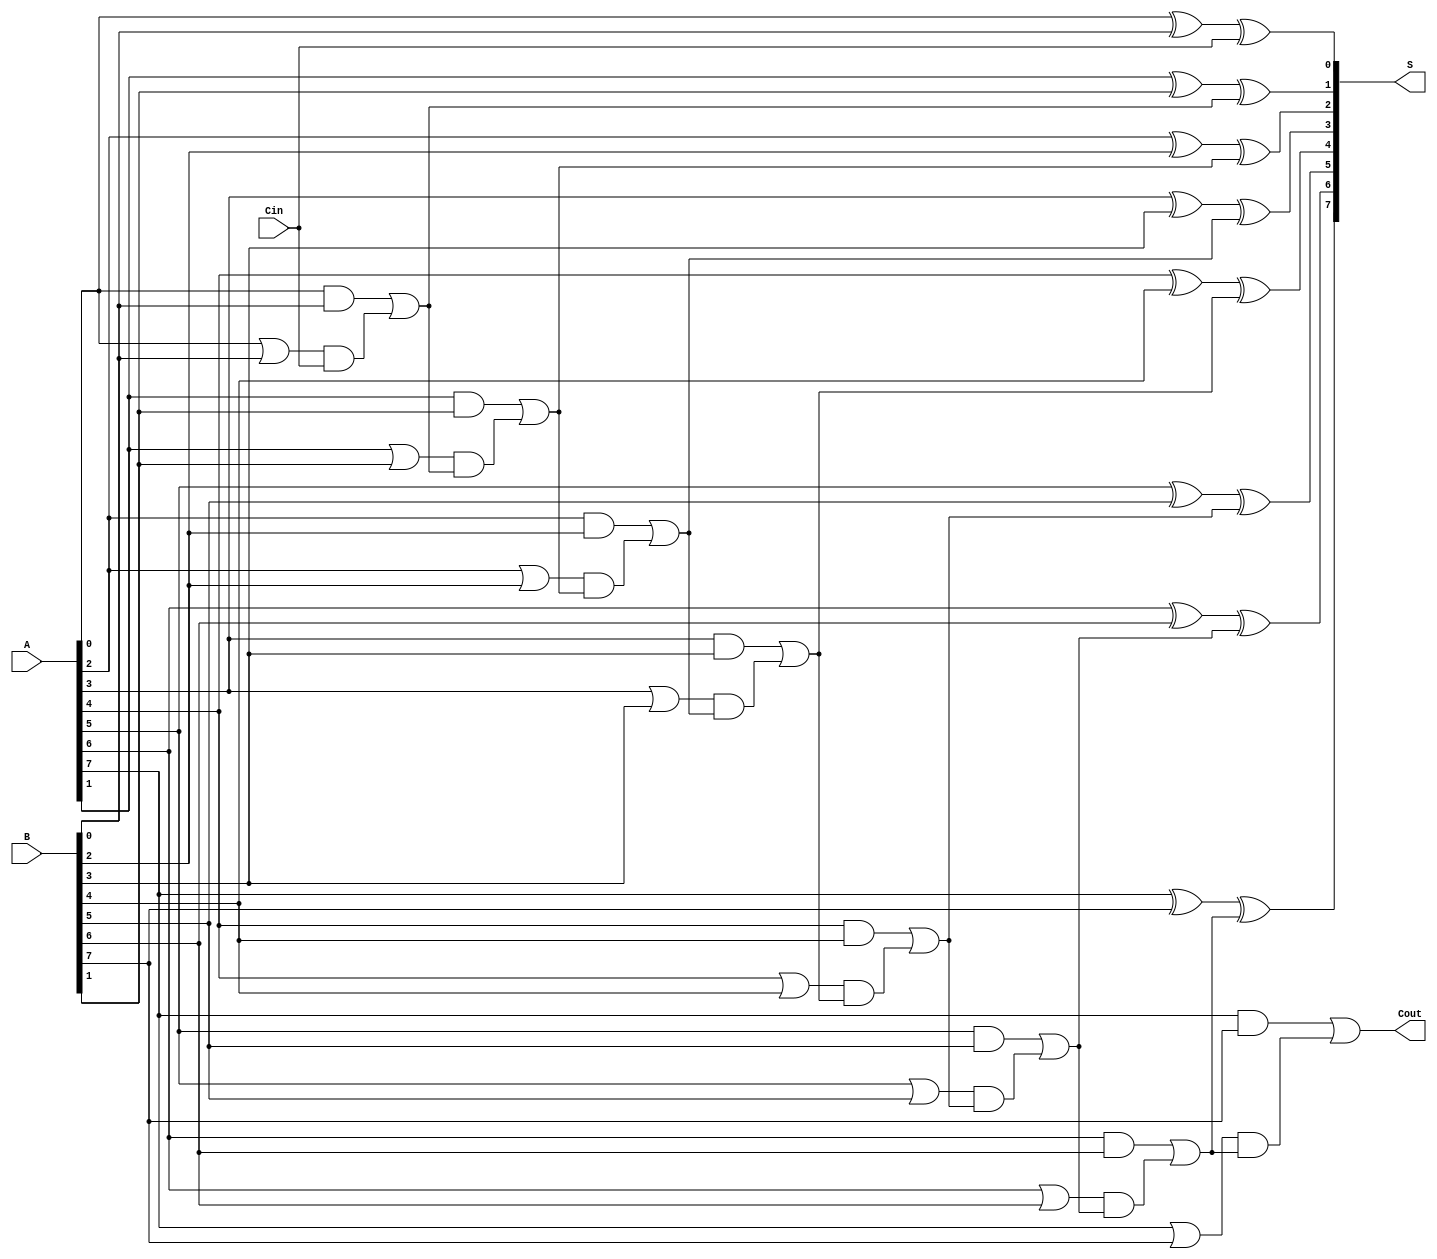
module ManchesterCarryChainAdder #(
    parameter N = 8  // Specify the bit-width, default is 8 bits
) (
    input  wire [N-1:0] A,     // First n-bit input
    input  wire [N-1:0] B,     // Second n-bit input
    input  wire Cin,            // Carry-in
    output wire [N-1:0] S,      // n-bit sum output
    output wire Cout            // Carry-out
);

    wire [N:0] C;              // Carry signals (N+1 to accommodate carry-out)
    wire [N-1:0] G;            // Generate signals
    wire [N-1:0] P;            // Propagate signals

    // Generate and propagate logic
    genvar i;
    generate
        for (i = 0; i < N; i = i + 1) begin : carry_logic
            assign G[i] = A[i] & B[i];                // Generate
            assign P[i] = A[i] | B[i];                // Propagate
            assign C[i + 1] = G[i] | (P[i] & C[i]);   // Carry out
            assign S[i] = A[i] ^ B[i] ^ C[i];         // Sum
        end
    endgenerate

    assign C[0] = Cin;                                  // Initialize carry-in
    assign Cout = C[N];                                 // Carry-out

endmodule